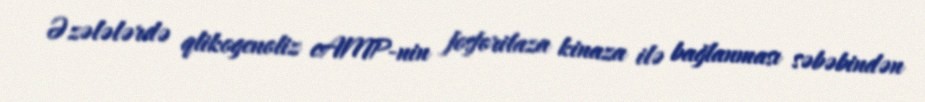
Əzələlərdə qlikogenoliz cAMP-nin fosforilaza kinaza ilə bağlanması səbəbindən